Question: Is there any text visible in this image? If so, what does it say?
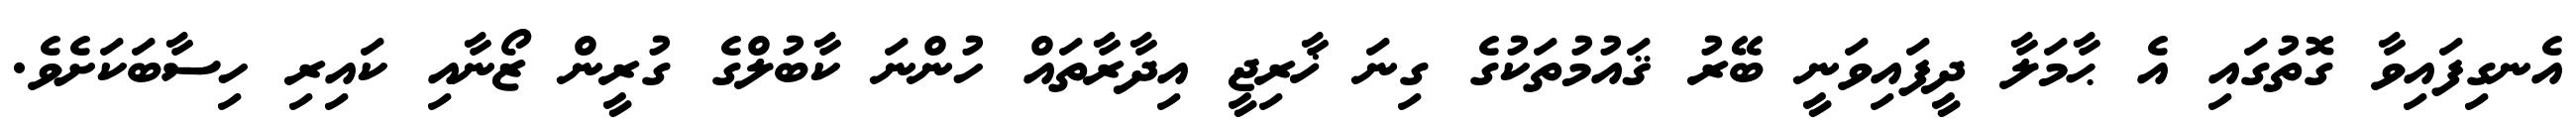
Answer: އެނގިފައިވާ ގޮތުގައި އެ ޙާމަލާ ދީފައިވަނީ ބޭރު ޤައުމުތަކުގެ ގިނަ ޚާރިޖީ އިދާރާތައް ހުންނަ ކާބުލްގެ ގުރީން ޒޯނާއި ކައިރި ހިސާބަކަށެވެ.